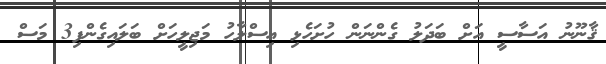
ޤާނޫނު އަސާސީ އަށް ބަދަލު ގެންނަން ހުށަހެޅި އިސްލާހު މަޖިލީހަށް ބަލައިގެންފި3 މަސް